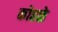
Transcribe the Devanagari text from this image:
कोहळे